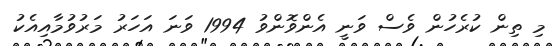
މި ތިން ކުރެހުން ވެސް ވަނީ އެންވޮންވު 1994 ވަނަ އަހަރު މަރުވުމާއިއެކު